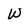
Character: w